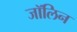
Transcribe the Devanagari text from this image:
जॉलिन